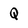
Character: Q